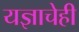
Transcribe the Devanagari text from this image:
यज्ञाचेही